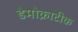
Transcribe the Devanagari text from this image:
डेमोक्राटीक